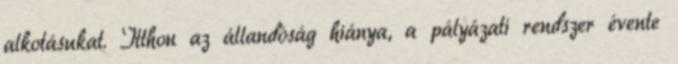
alkotásukat. Itthon az állandóság hiánya, a pályázati rendszer évente